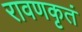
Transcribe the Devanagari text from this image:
रावणकृतं